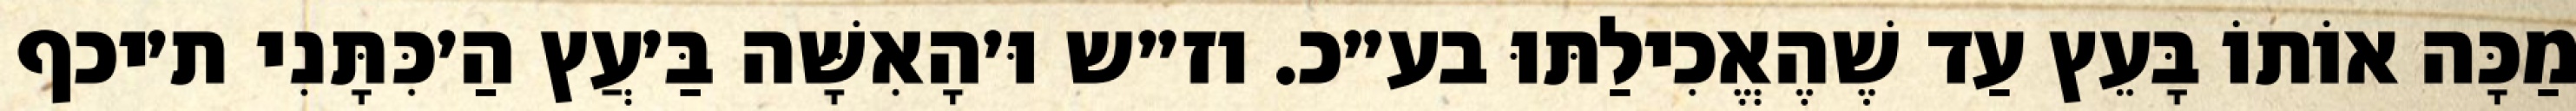
מַכָּה אוֹתוֹ בָּעֵץ עַד שֶׁהֶאֱכִילַתּוּ בע״כ. וז״ש וּ׳הָאִשָּׁה בַּ׳עֲץ הַ׳כִּתָּנִי ת׳יכף